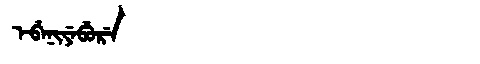
Manchu: ᡝᠪᡝᠨᡳᠶᡝᠪᡠᡵᡝ
Romanization: EBENIYEBURE